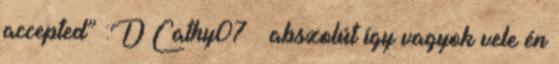
accepted” :D Cathy07 – abszolút így vagyok vele én